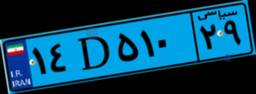
۱۴D۵۱۰۲۹